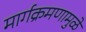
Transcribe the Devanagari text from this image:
मार्गक्रमणामुळे